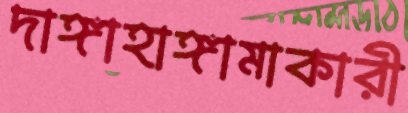
দাঙ্গাহাঙ্গামাকারী